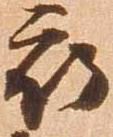
被